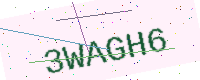
Text: 3WAGH6